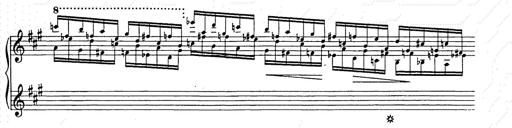
Title: Berceuse
Composer: Lucien Wurmser
Key: A major